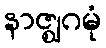
နာဇ္ဈဂမုံ